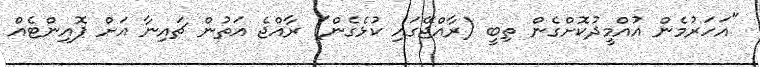
"އަހަރުމެން އުއްމީދުކޮށްގެން ތިބީ (ރާއްޖޭގައި ކުޅެގެން) ރާއްޖެ އަތުން ޗައިނާ އަށް ޕޮއިންޓެއް